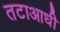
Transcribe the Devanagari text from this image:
तटाआधी